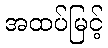
အထပ်မြင့်